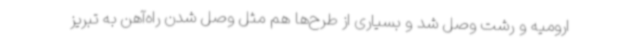
ارومیه و رشت وصل شد و بسیاری از طرح‌ها هم مثل وصل شدن راه‌آهن به تبریز